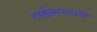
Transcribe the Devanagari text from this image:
टाईम्समधले